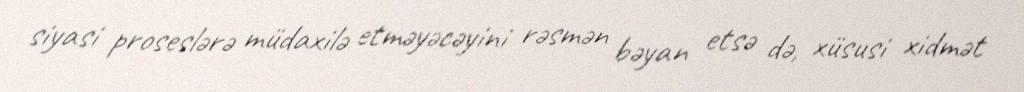
siyasi proseslərə müdaxilə etməyəcəyini rəsmən bəyan etsə də, xüsusi xidmət